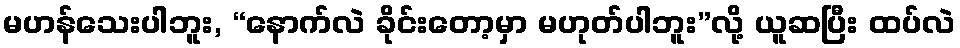
မဟန်သေးပါဘူး, “နောက်လဲ ခိုင်းတော့မှာ မဟုတ်ပါဘူး”လို့ ယူဆပြီး ထပ်လဲ